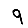
Digit: 9